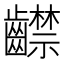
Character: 齽